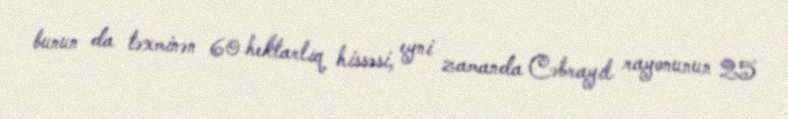
bunun da təxminən 60 hektarlıq hissəsi, eyni zamanda Cəbrayıl rayonunun 25